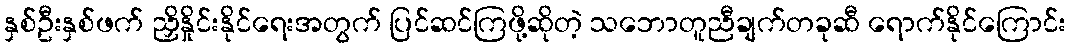
နှစ်ဦးနှစ်ဖက် ညှိနှိုင်းနိုင်ရေးအတွက် ပြင်ဆင်ကြဖို့ဆိုတဲ့ သဘောတူညီချက်တခုဆီ ရောက်နိုင်ကြောင်း